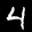
Label: 4